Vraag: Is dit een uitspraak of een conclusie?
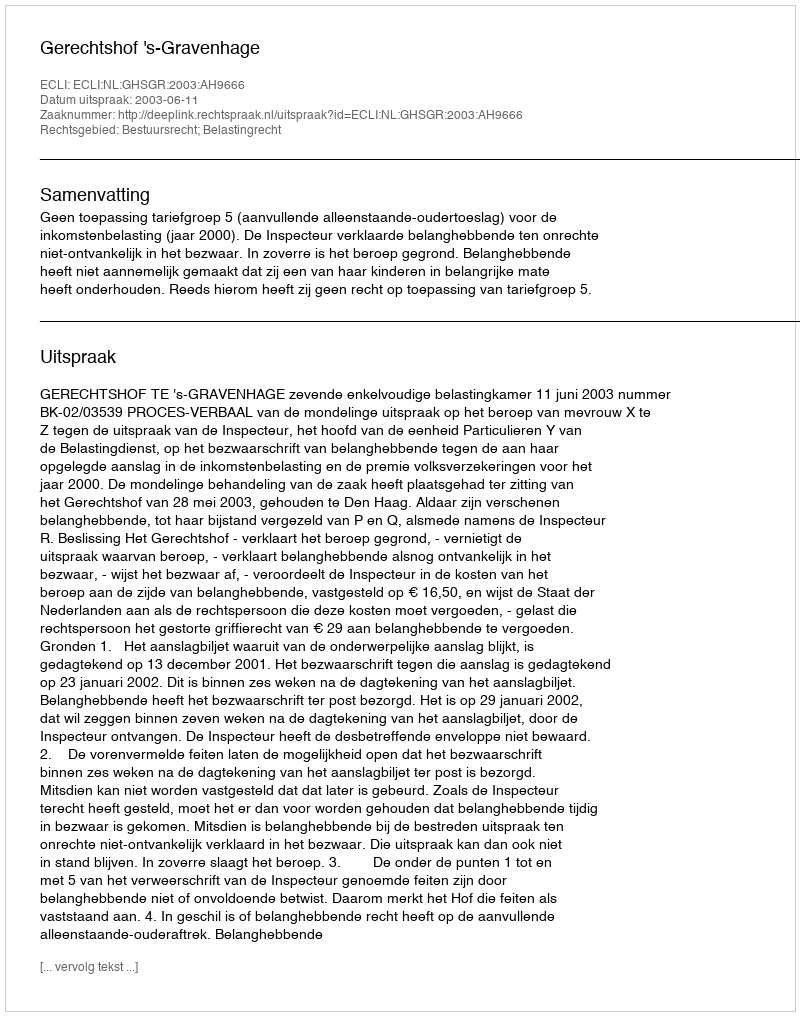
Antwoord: Uitspraak